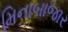
મિનાબાજાર